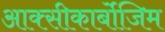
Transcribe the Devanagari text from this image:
आक्‍सीकार्बोजिम